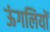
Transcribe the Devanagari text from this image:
ऊंगलियों